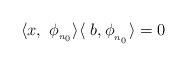
LaTeX: \begin{align*}\langle x,\ \phi _{_{n_{0}}}\rangle \langle \ b,\phi _{_{_{n_{0}}}}\rangle =0\end{align*}